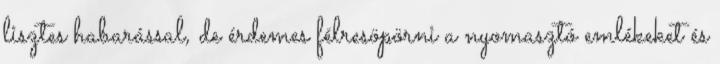
lisztes habarással, de érdemes félresöpörni a nyomasztó emlékeket és